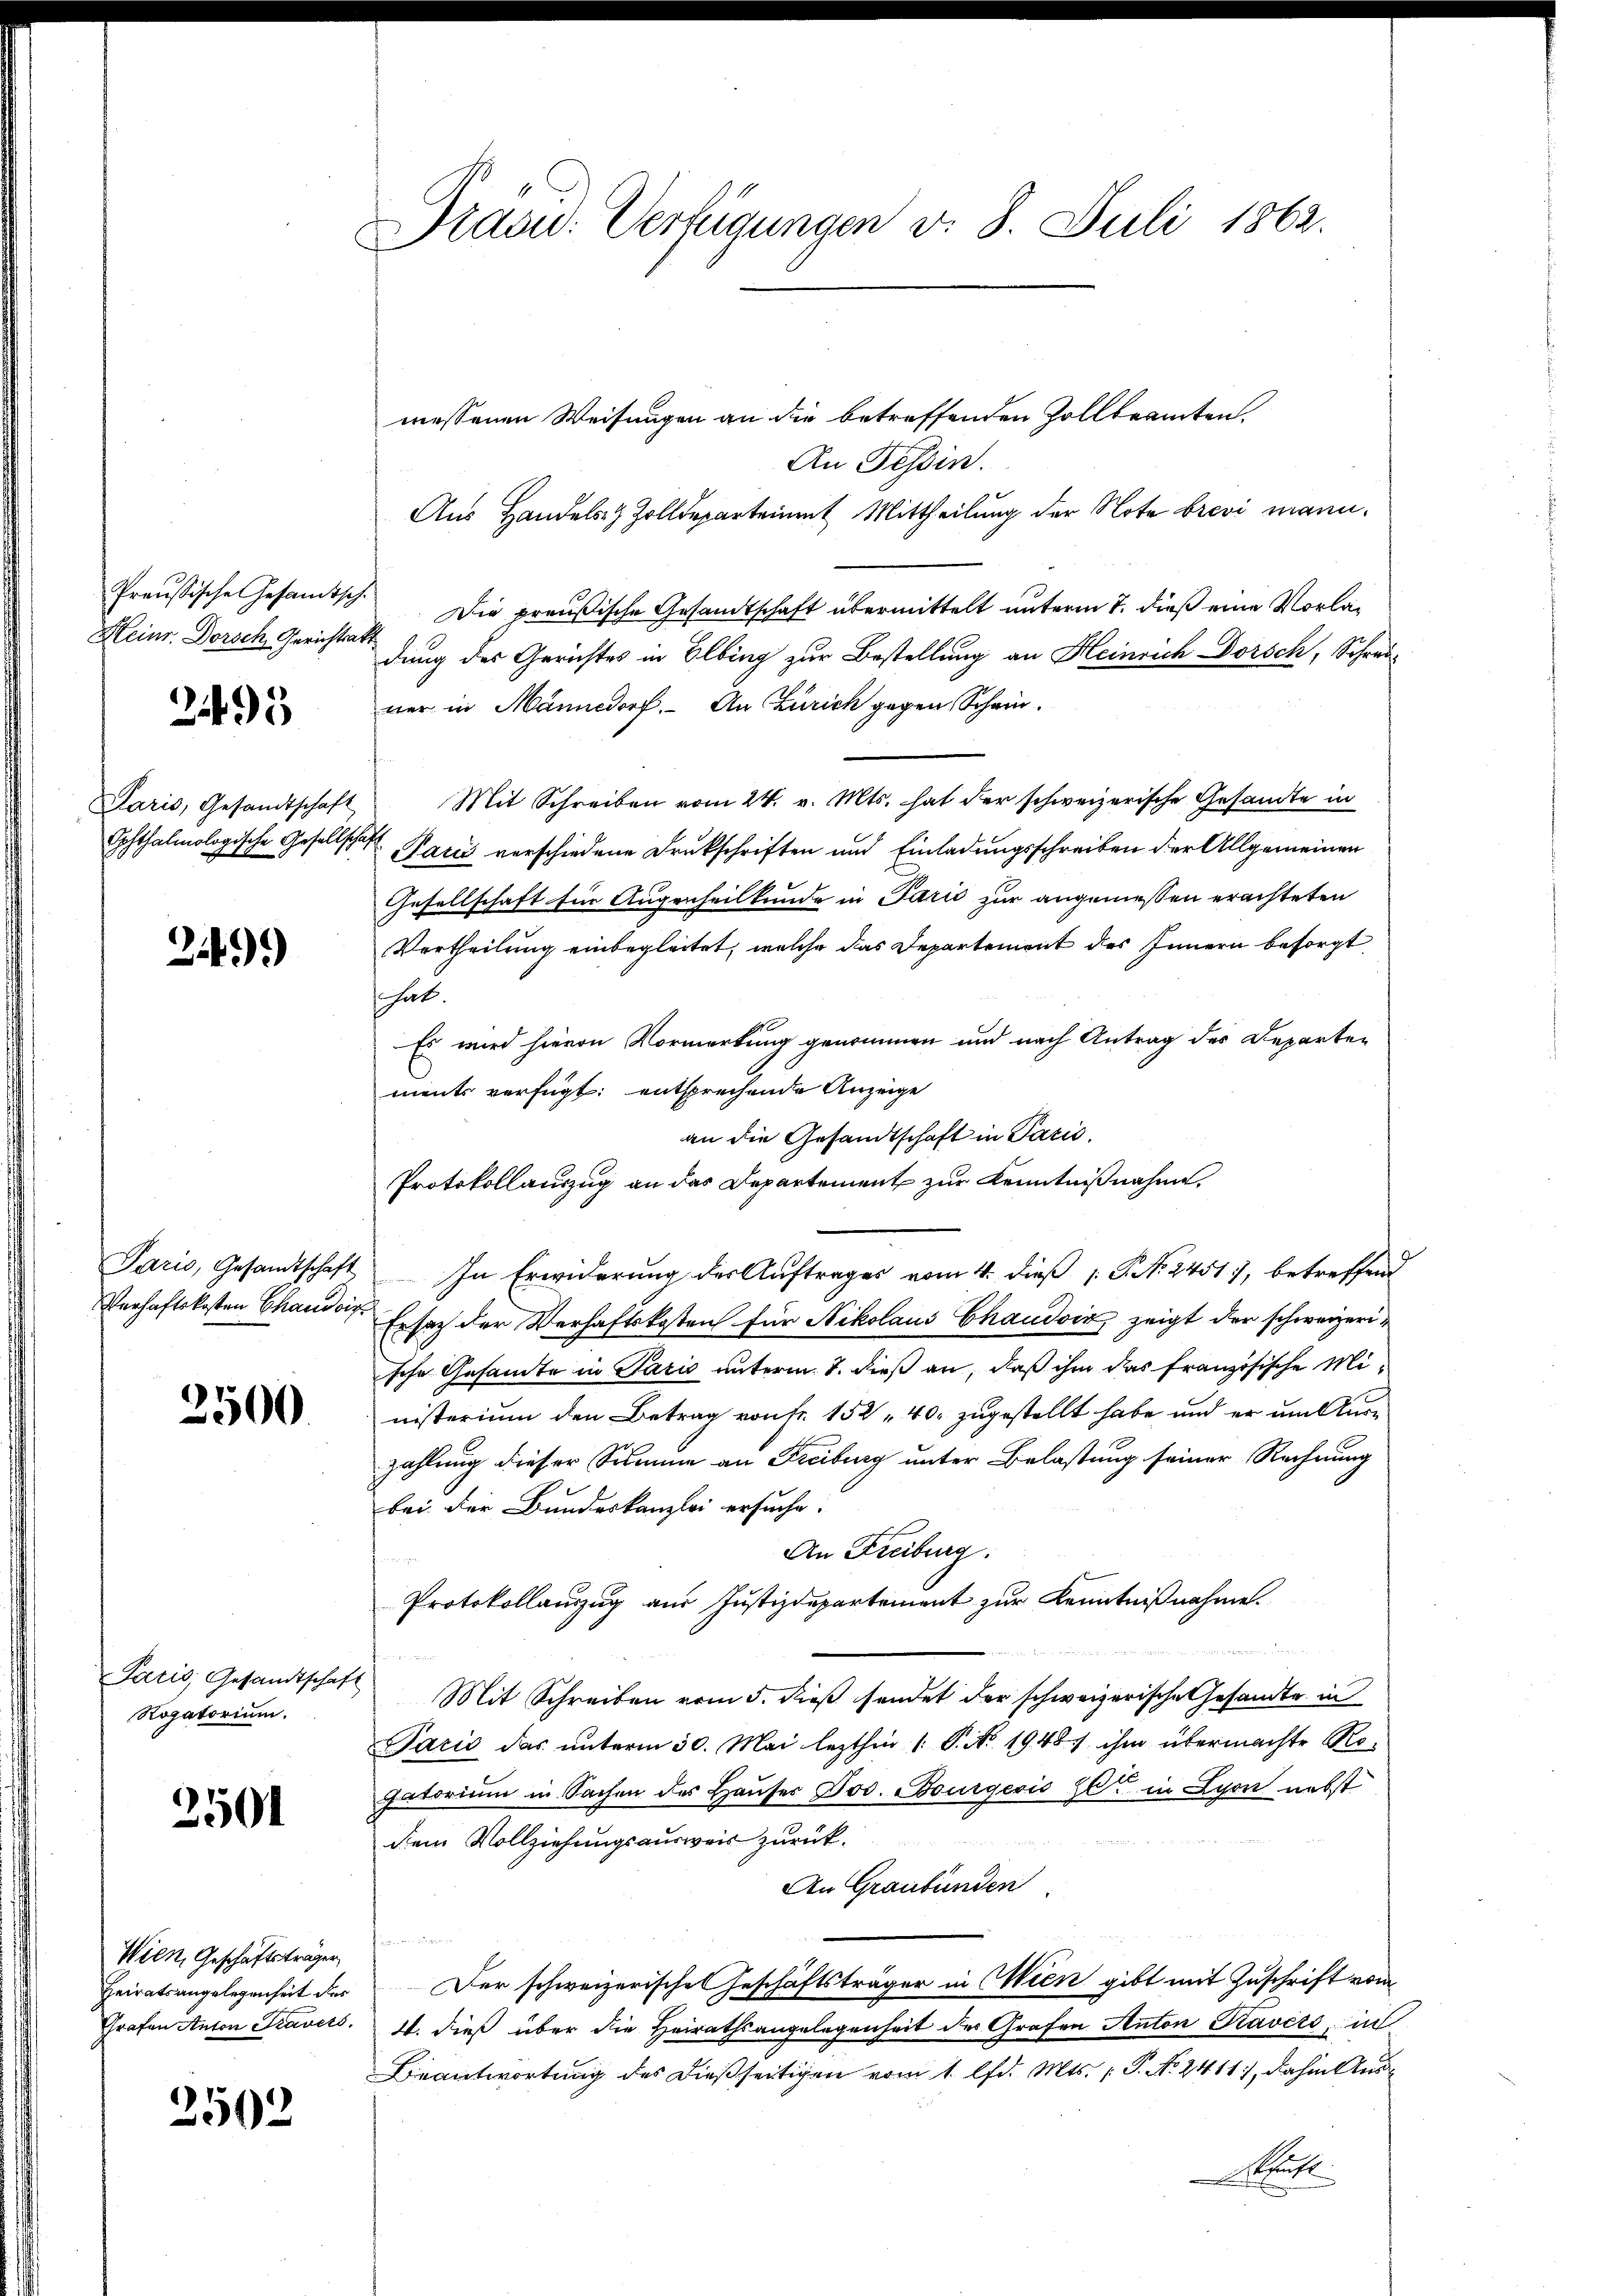
Preußische Gesandtsch.
Heinr. Dorsch, Gerichtsat

2495

Paris, Gesandtschaft
Sohthalmologische Gesellschaf

249)

Paris, Gesandtschaft
Verhaftskosten Chaudois

3500

Paris, Gesandtschaft
Rogatorium.

2501

Wien Geschäftsträgen
Heiratsangelegenheit des
Grafen Anton Travers

2502

Dracu. Verfügungen v. 8. Juli 1862.

d

messenen Weisungen an die betreffenden Zollbeamten.
An Tessin.
Aus Handels- & Zolldeparteiamt Mittheilung der Note brevi mann¬
Die preußische Gesandtschaft übermittelt unterm 7. dieß eine Vorladung des Gerichtes in Ölbing zur Bestellung an Heinrich Dorsch, Schrei-
ner in Männedorf. An Zürich gegen Schein¬
Mit Schreiben vom 24. v. Mts. hat der schweizerische Gesandte in
Pačić verschiedene Drukschriften und Einladungsschreiben der Allgemeinen
Gesellschaft für Augenheilkunde in Parić zur angemessen erachteten
Vertheilung einbegleitet, welche das Departement des Innern besorgt
hat.
Es wird hievon Vormerkung genommen und nach Antrag des Departen
ments verfügt: entsprechende Anzeige
an die Gesandtschaft in Paris.
Protokollauszug an das Departement zur Kenntnißnahme,
In Erwiderung des Auftrages vom 4. dieß P. N. 2451, betreffend
Ersatz der Verhaftskosten für Nikolaus Chaudoir, zeigt der schweizerische Gesamte in Paris unterm 7. dieß an, daß ihm das französische Ministerium den Betrag von Fr. 152 40. zugestellt habe und er um Auszahlung dieser Summe an Freiburg unter Belastung seiner Rechnung
bei der Bundeskanzlei ersuche.
An Freiburg.
Protokollauszug aus Justizdepartement zur Kenntnißnahme.

Mit Schreiben vom 5. dieß sendet der schweizerische Gesandte in
Paris das unterm 30. Mai lezthin (: P. No. 1948) ihm übermachte Rogatorium in Sachen des Hauser Jos. Bourgeois Hl. in Lyon nebst
diem Vollziehungsausweis zurück.
An Graubünden

Der schweizerisches Geschäftsträger in Wien gibt mit Zuschrift vom
1. dieß über die Heirathsangelegenheit der Grafen Anton Kavers, in
Beantwortung des dießseitigen vom 1. lfd. Mts. (T. No. 2411, dahin Aus¬
Bett